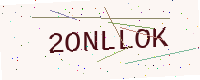
Text: 2ONLLOK